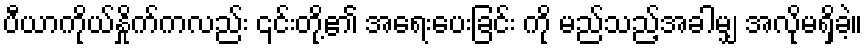
ပီယာကိုယ်နှိုက်ကလည်း ၎င်းတို့၏ အရေးပေးခြင်း ကို မည်သည့်အခါမျှ အလိုမရှိခဲ့။